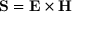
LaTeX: \mathbf { S } = \mathbf { E } \times \mathbf { H }